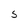
Character: 5